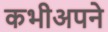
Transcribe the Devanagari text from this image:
कभीअपने